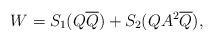
LaTeX: \begin{align*}W=S_1 (Q\overline{Q}) + S_2(QA^2\overline{Q}),\end{align*}